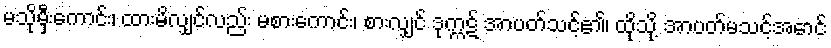
မသိုမှီးကောင်း၊ ထားမိလျှင်လည်း မစားကောင်း၊ စားလျှင် ဒုက္ကဋ် အာပတ်သင့်၏၊ ထိုသို့ အာပတ်မသင့်အောင်